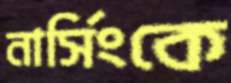
নার্সিংকে